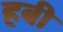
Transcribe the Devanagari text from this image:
हबी